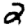
Digit: 2